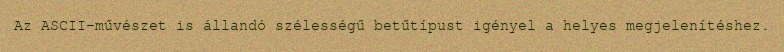
Az ASCII-művészet is állandó szélességű betűtípust igényel a helyes megjelenítéshez.